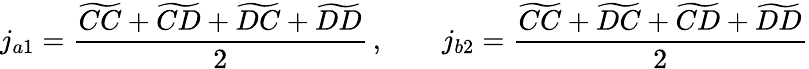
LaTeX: j_{a1}=\frac{\widetilde{CC}+\widetilde{CD}+\widetilde{DC}+\widetilde{DD}}{2}\, ,\qquad j_{b2}=\frac{\widetilde{CC}+\widetilde{DC}+\widetilde{CD}+\widetilde{DD}}{2}